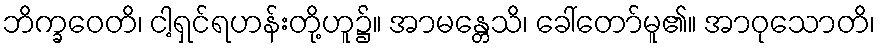
ဘိက္ခဝေတိ၊ ငါ့ရှင်ရဟန်းတို့ဟူ၌။ အာမန္တေသိ၊ ခေါ်တော်မူ၏။ အာဝုသောတိ၊